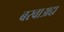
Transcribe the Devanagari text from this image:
बरवाअद्दा